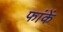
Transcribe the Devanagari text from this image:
फांकें